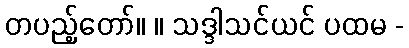
တပည့်တော်။ ။ သဒ္ဒါသင်ယင် ပထမ -